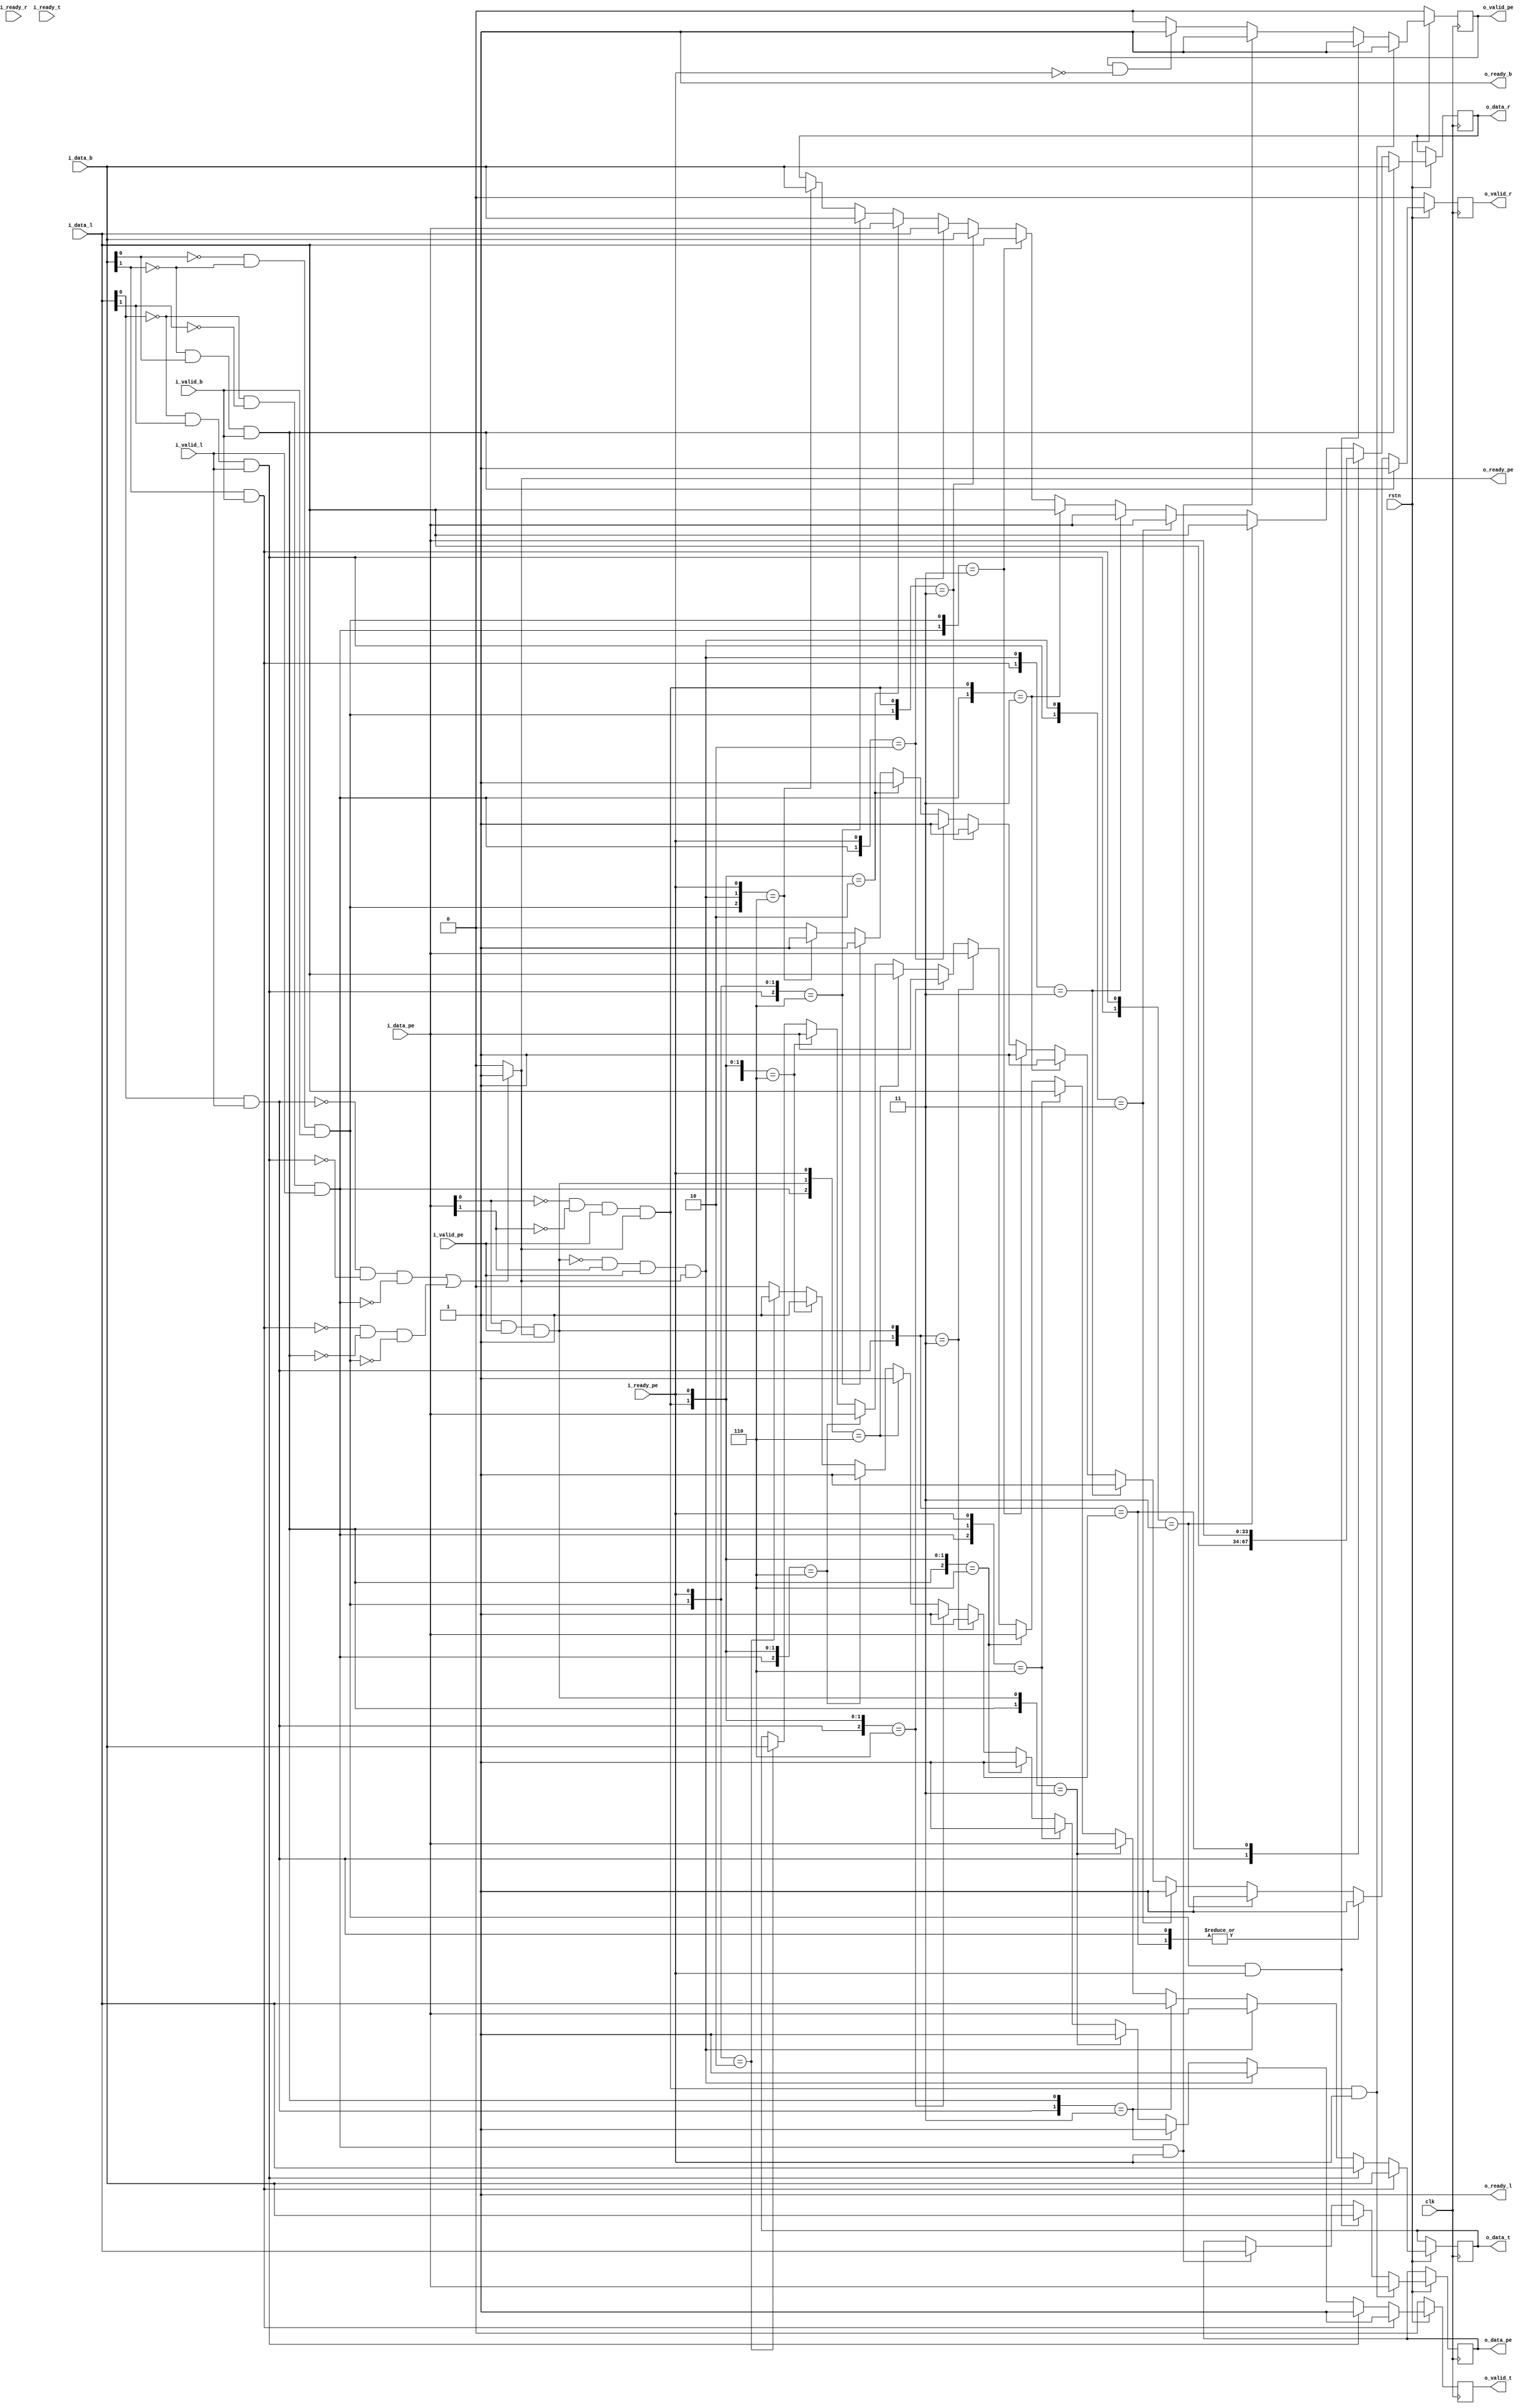
/////////////////////////////////////////////////////////////////////////////////////////////
//Description : Bufferless router following XY routing                                     //
/////////////////////////////////////////////////////////////////////////////////////////////


module switch #(parameter x_coord ='d0,parameter y_coord='d0,X=2,Y=2,data_width=32, x_size=1, y_size=1,total_width=(x_size+y_size+data_width),sw_no=X*Y)
(
input wire clk,
input wire rstn,
input wire i_ready_r,
input wire i_ready_t,
input wire i_ready_pe,
input wire i_valid_l,
input wire i_valid_b,
input wire i_valid_pe,
output wire o_ready_l,
output wire o_ready_b,
output reg  o_ready_pe,
output reg o_valid_r,
output reg o_valid_t,
output reg o_valid_pe,
input wire [total_width-1:0] i_data_l,
input wire [total_width-1:0] i_data_b,
input wire [total_width-1:0] i_data_pe,
output reg [total_width-1:0] o_data_r,
output reg [total_width-1:0] o_data_t,
output reg [total_width-1:0] o_data_pe

);
wire leftToPe;
wire bottomToPe;
wire peTope;
wire leftToRight;
wire leftToTop;
wire bottomToRight;
wire bottomToTop;
wire peToTop;
wire peToRight;

assign  o_ready_l = 1'b1;
assign  o_ready_b = 1'b1;

assign leftToPe = ((i_data_l[x_size-1:0]==x_coord) & (i_data_l[x_size+y_size-1:x_size]==y_coord) & i_valid_l);
assign leftToRight = ((i_data_l[x_size-1:0]!=x_coord) & i_valid_l);
assign leftToTop = (i_data_l[x_size-1:0]==x_coord) & (i_data_l[x_size+y_size-1:x_size]!=y_coord) & i_valid_l;
assign bottomToPe = (i_data_b[x_size-1:0]==x_coord) & (i_data_b[x_size+y_size-1:x_size]==y_coord) & i_valid_b;
assign bottomToRight = (i_data_b[x_size+y_size-1:x_size]==y_coord) & (i_data_b[x_size-1:0]!=x_coord) & i_valid_b;// ? 1'b1 : 1'b0;
assign bottomToTop = (i_data_b[x_size+y_size-1:x_size]!=y_coord ) & i_valid_b;
assign peTope = ((i_data_pe[x_size-1:0]==x_coord) & (i_data_pe[x_size+y_size-1:x_size]==y_coord) & i_valid_pe & o_ready_pe);
assign peToRight = ((i_data_pe[x_size-1:0]!=x_coord) & i_valid_pe & o_ready_pe);
assign peToTop = (~peToRight & (i_data_pe[x_size+y_size-1:x_size]!=y_coord) & i_valid_pe & o_ready_pe);


always @(*)
begin
    //If there are no packets to either right or top, we can accept data from PE
    //If packets have to be sent to both out ports, will have to back pressure the PE
    if((~leftToRight & ~leftToTop & ~leftToPe) | (~bottomToTop & ~bottomToRight & ~bottomToPe))
    begin
        o_ready_pe = 1'b1;
    end
    else
    begin
        o_ready_pe = 1'b0;
    end
end

always @(posedge clk)
begin
    if(!rstn)
        o_valid_r <=1'b0;
    //Whenever data from left wants to go right, it will be given preference
    else
    begin
        casex({leftToRight,leftToTop,leftToPe,bottomToRight,bottomToTop,bottomToPe,peTope,peToRight,peToTop,i_ready_pe})
            10'bxxx_1xx_xxx_x:begin //bottomToRight
                o_data_r  <= i_data_b;
                o_valid_r <= 1'b1;
            end
            10'b1xx_xxx_xxx_x:begin//leftToRight
                o_data_r  <= i_data_l;
                o_valid_r <= 1'b1;
            end
            10'b0xx_xxx_x1x_x:begin//peToRight
                o_data_r  <= i_data_pe;
                o_valid_r <= 1'b1;
            end
            10'bx1x_x1x_xxx_x:begin //leftToTop & bottomToTop
                o_data_r <= i_data_l;
                o_valid_r <= 1'b1;
            end
            10'bx1x_xxx_xx1_x:begin //leftToTop & peToTop
                o_data_r <= i_data_pe;
                o_valid_r <= 1'b1;
            end
            10'bxxx_x1x_xx1_x:begin//peToTop & bottomToTop
                o_data_r  <= i_data_pe;
                o_valid_r <= 1'b1;
            end
            10'bxx1_xxx_1xx_x:begin//leftToPe & peTope
                o_data_r  <= i_data_l;
                o_valid_r <= 1'b1;
            end
            10'bxx1_xx1_xxx_x:begin//leftToPe & bottomToPe
                o_data_r  <= i_data_l;
                o_valid_r <= 1'b1;
            end
            10'bxxx_xx1_1xx_x:begin//peTope & bottomToPe
                o_data_r  <= i_data_b;
                o_valid_r <= 1'b1;
            end
            10'bxx1_xxx_xxx_0:begin//leftToPe & !i_ready_pe
                o_data_r  <= i_data_l;
                o_valid_r <= 1'b1;
            end
            10'bxxx_xxx_1xx_0:begin//peTope & !i_ready_pe
                o_data_r <= i_data_pe;
                o_valid_r <= 1'b1;
            end
            10'bx1x_xx1_xxx_0:begin//leftToTop & bottomToPe & !i_ready_pe
                o_data_r <= i_data_b;
                o_valid_r <= 1'b1;
            end
            10'bxxx_xx1_xx1_0:begin//peToTop & bottomToPe & !i_ready_pe
                o_data_r  <= i_data_b;
                o_valid_r <= 1'b1;
            end
            default:begin
                o_valid_r <= 1'b0;
            end
        endcase
    end
end


always @(posedge clk)
begin
    if(!rstn)
        o_valid_t <= 1'b0;
    else
    begin
        casex({leftToRight,leftToTop,leftToPe,bottomToRight,bottomToTop,bottomToPe,peTope,peToRight,peToTop,i_ready_pe})
            10'bxxx_x1x_xxx_x:begin//bottomToTop
                o_data_t <= i_data_b;
                o_valid_t <= 1'b1;
            end
            10'bx1x_xxx_xxx_x:begin //leftToTop
                o_data_t <= i_data_l;
                o_valid_t <= 1'b1;
            end
            10'bxxx_xxx_xx1_x:begin //peToTop
                o_data_t <= i_data_pe;
                o_valid_t <= 1'b1;
            end
            10'b1xx_1xx_xxx_x:begin //bottomToRight & leftToRight
                o_data_t <= i_data_l;
                o_valid_t <= 1'b1;
            end
            10'bxxx_1xx_x1x_x:begin //bottomToRight & peToRight
                o_data_t <= i_data_pe;
                o_valid_t <= 1'b1;
            end
            10'bxx1_1xx_xxx_0:begin//bottomToRight & leftToPe & ~i_ready_pe
                o_data_t <= i_data_l;
                o_valid_t <= 1'b1;
            end
            10'bxxx_1xx_1xx_0:begin//bottomToRight & peTope & ~i_ready_pe
                o_data_t <= i_data_pe;
                o_valid_t <= 1'b1;
            end
            10'b1xx_xxx_x1x_x:begin //leftToRight & peToRight
                o_data_t <= i_data_pe;
                o_valid_t <= 1'b1;
            end
            10'b1xx_xxx_1xx_0:begin //leftToRight & peTope & ~i_ready_pe
                o_data_t <= i_data_pe;
                o_valid_t <= 1'b1;
            end
            10'bxx1_xxx_x1x_0:begin//leftToPe & peToRight & ~i_ready_pe
                o_data_t <= i_data_l;
                o_valid_t <= 1'b1;
            end
            10'bxx1_xxx_1xx_0:begin //leftToPe & peTope & ~i_ready_pe
                o_data_t <= i_data_pe;
                o_valid_t <= 1'b1;
            end
            10'bxxx_xx1_1xx_0:begin//bottomToPe & peTope & ~i_ready_pe
                o_data_t <= i_data_pe;
                o_valid_t <= 1'b1;
            end
            10'bxxx_xx1_xxx_0:begin//bottomToPe & ~i_ready_pe
                o_data_t <= i_data_b;
                o_valid_t <= 1'b1;
            end
            default:begin
                o_valid_t <= 1'b0;
            end
        endcase
    end
end

always @(posedge clk)
begin
    if(!rstn)
        o_valid_pe <= 1'b0; 
        
    else if(peTope & i_ready_pe)
    begin
        o_data_pe <= i_data_pe;
        o_valid_pe <=1'b1;
    end
    else if(bottomToPe & i_ready_pe)
    begin
        o_data_pe  <= i_data_b;
        o_valid_pe <= 1'b1;
    end
    else if(leftToPe & i_ready_pe)
    begin
        o_data_pe <= i_data_l;
        o_valid_pe <= 1'b1;
    end
    else if(o_valid_pe & ~i_ready_pe)
        o_valid_pe <=1'b1;
    else
        o_valid_pe <=1'b0;
end


endmodule